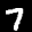
Label: 7